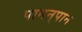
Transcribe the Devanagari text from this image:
पानन्‌पान